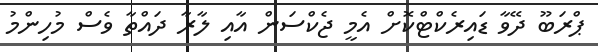
ޕްރަބޫ ދޭވާ ޑައިރެކްޓްކޮށް އެމީ ޖެކްސަން އާއި ލާރާ ދައްތާ ވެސް މުހިންމު